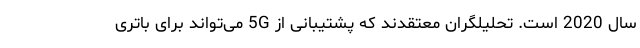
سال 2020 است. تحلیلگران معتقدند كه پشتیبانی از 5G می‌تواند برای باتری